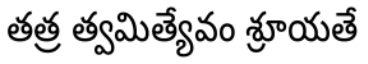
తత్ర త్వమిత్యేవం శ్రూయతే